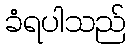
ခံရပါသည်